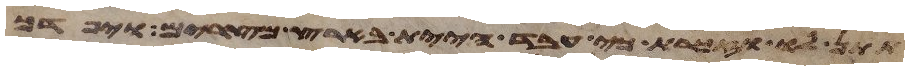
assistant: תתן לו וזכרת כי עבד היית בארץ מצרים ויפדך